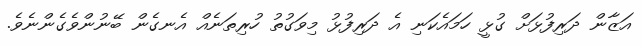
އަޒާން ދަރިފުޅަށް ގުޅީ ހަމައެކަނި އެ ދަރިފުޅު މިވަގުތު ހުރިތަނެއް އެނގެން ބޭނުންވެގެންނެވެ.